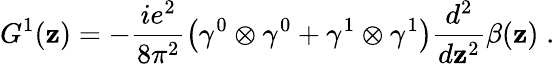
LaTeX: G^{1}(\mathbf{z})=-\frac{{ie^{2}}}{{8\pi^{2}}}\left(\gamma^{0}\otimes\gamma^{0}+\gamma^{1}\otimes\gamma^{1}\right)\frac{{d^{2}}}{{d\mathbf{z}^{2}}}\beta(\mathbf{z})\; .